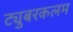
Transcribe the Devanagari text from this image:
ट्युबरकलम